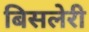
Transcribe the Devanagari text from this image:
बिसलेरी